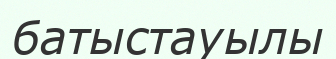
батыстауылы